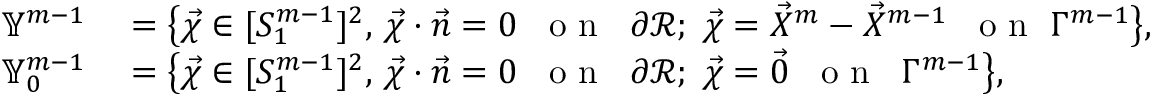
\begin{array} { r l } { \mathbb { Y } ^ { m - 1 } } & { { } = \bigl \{ \vec { \chi } \in [ S _ { 1 } ^ { m - 1 } ] ^ { 2 } , \, \vec { \chi } \cdot \vec { n } = 0 \; \; \mathrm { ~ o ~ n ~ } \; \; \partial \mathscr { R } ; \; \vec { \chi } = \vec { X } ^ { m } - \vec { X } ^ { m - 1 } \; \; \mathrm { ~ o ~ n ~ } \; \Gamma ^ { m - 1 } \bigr \} , } \\ { \mathbb { Y } _ { 0 } ^ { m - 1 } } & { { } = \bigl \{ \vec { \chi } \in [ S _ { 1 } ^ { m - 1 } ] ^ { 2 } , \, \vec { \chi } \cdot \vec { n } = 0 \; \; \mathrm { ~ o ~ n ~ } \; \; \partial \mathscr { R } ; \; \vec { \chi } = \vec { 0 } \; \; \mathrm { ~ o ~ n ~ } \; \; \Gamma ^ { m - 1 } \bigr \} , } \end{array}